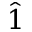
\hat { 1 }